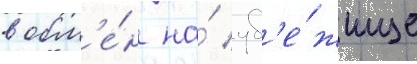
в обм'е́н на́ уб'е́жище